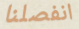
انفصلنا